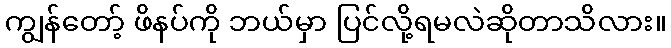
ကျွန်တော့် ဖိနပ်ကို ဘယ်မှာ ပြင်လို့ရမလဲဆိုတာသိလား။